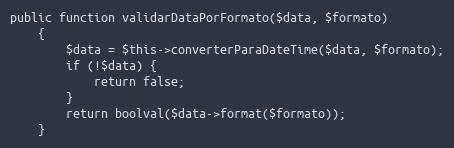
Language: PHP
public function validarDataPorFormato($data, $formato)
    {
        $data = $this->converterParaDateTime($data, $formato);
        if (!$data) {
            return false;
        }
        return boolval($data->format($formato));
    }